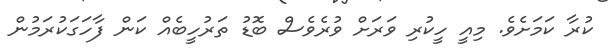
ކުރާ ކަމަށެވެ. މިއީ ހީކުރި ވަރަށް ވުރެވެސް ބޮޑު ތަރުހީބެއް ކަން ފާހަގަކުރަމުން